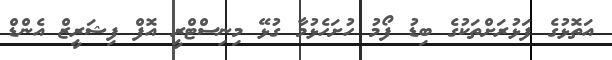
އަތޮޅުގެ ފަޅުރަށްތަކުގެ ބިޑު ފޯމު ހުށަހެޅުމާ ގުޅޭ މިނިސްޓްރީ އޮފް ފިޝަރީޒް އެންޑް